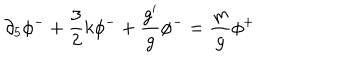
LaTeX: \partial _ { 5 } \phi ^ { - } + \frac { 3 } { 2 } k \phi ^ { - } + \frac { g ^ { \prime } } { g } \phi ^ { - } = \frac { m } { g } \phi ^ { + }